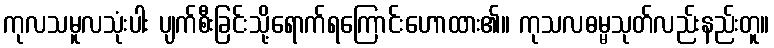
ကုလသမူလသုံးပါး ပျက်စီးခြင်းသို့ရောက်ရကြောင်းဟောထား၏။ ကုသလဓမ္မသုတ်လည်းနည်းတူ။